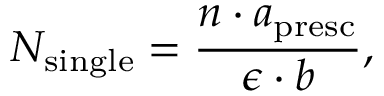
N _ { \mathrm { s i n g l e } } = \frac { n \cdot a _ { \mathrm { p r e s c } } } { \epsilon \cdot b } ,